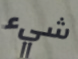
شيء